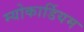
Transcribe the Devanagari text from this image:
म्योकार्डियम